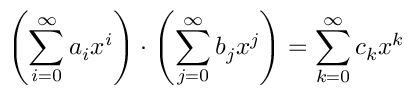
\left( \sum _ { i = 0 } ^ { \infty } a _ { i } x ^ { i } \right) \cdot \left( \sum _ { j = 0 } ^ { \infty } b _ { j } x ^ { j } \right) = \sum _ { k = 0 } ^ { \infty } c _ { k } x ^ { k }